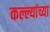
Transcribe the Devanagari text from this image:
कल्ल्यांच्या